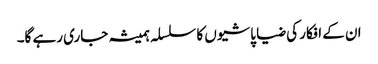
ان کے افکار کی ضیا پاشیوں کا سلسلہ ہمیشہ جاری رہے گا۔